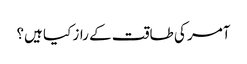
آمر کی طاقت کے راز کیا ہیں؟